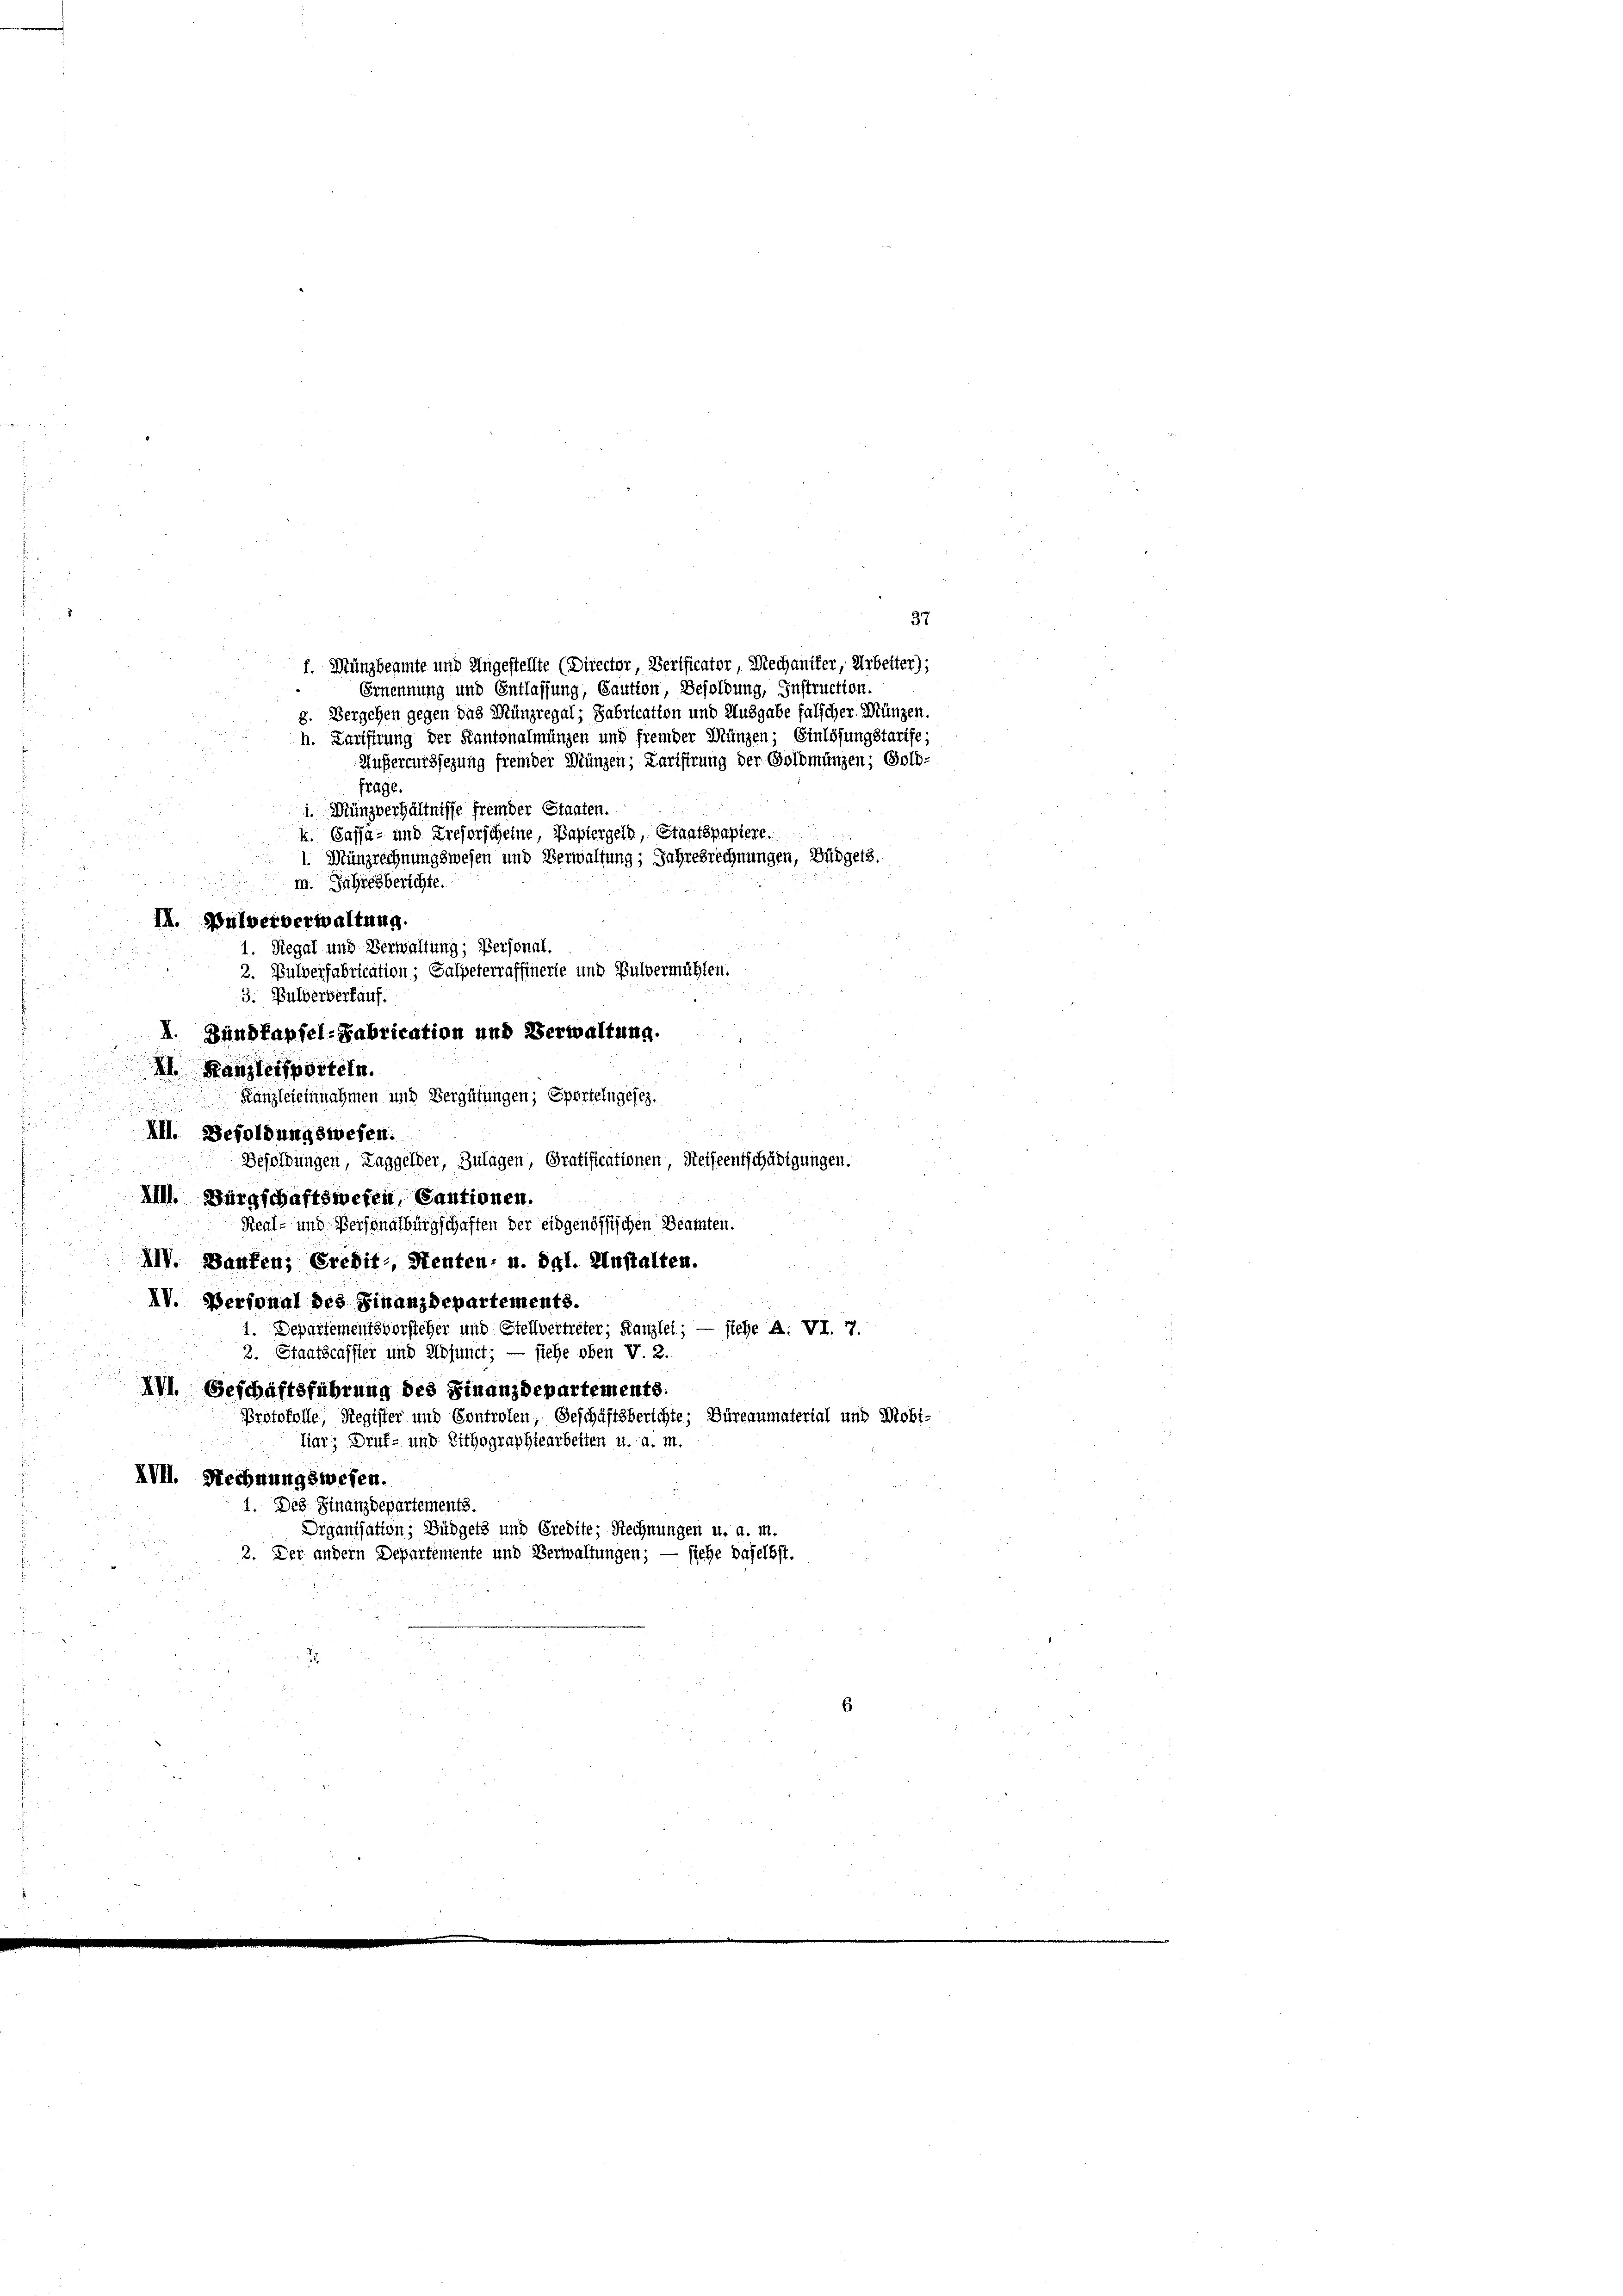
37
f. Mungbeamte und Ungestellte (Director, Verificator, Mechaniker, Arbeiter),
Ernennung und Entlassung, Gaution, Besoldung, Instruction
g. Vergehen gegen das Münzregal; Sabrication und Ausgabe falscher Münzen.
h. Zurifirung der Kantonalmungen und fremder Münzen; Einlösungstarife;
Außercurssezung fremder Münzen; Karisirung der Goldmünzen; Gold-
frage.
i. Münzverhältnisse fremder Staaten.
k. Cassa- und Treforscheine, Papiergeln, Staatspapiere.
1. Münzrechnungswesen und Verwaltung; Jahresrechnungen, Büdgets.
m. Jahresberichte.
1. Regal und Verwaltung; Personal.
2. Pulverfabrication; Salpeterraffinerte und Bulvermühlen.
3. Bulderverkauf.
I. Bindfapfel-Fabrication und Verwaltung.
I Kanzleiporteln.
Kanzleieinnahmen und Vergütungen; Sportelngesez

III. Besoldungswesen.
Besoldungen, Taggelder, Zulagen, Gratificationen, Reiseentschädigungen.
XIII. Bürgschaftswesen, Cautionen.
Real- und Personalburgschaften der eidgenössischen Beamten.
XIV. Baufen; Credit, Senten, u. dgl. Anstalten.
IV. Personal des Finanzdepartements.
1. Departementsvorsteher und Stellvertreter, Kanzlei ; — siehe A. VI. 7.
2. Staatscassier und Adjunct; — siehe oben V. 2.
XVI. Geschaftsführung des Finanzdepartements.
Protokolle, Register und Controlen, Geschäftsberichte: Büreaumaterial und Mobi-
liar; Druf- und Lithographiearbeiten u. a. m.
IVII. Rechnungswesen.
1. Des Finanzdepartements.
Drganisation; Büdgets und Credite; Rechnungen u. a. m.
2. Der andern Departemente und Verwaltungen; — siehe daselbst.

II. Pulververwaltung